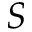
S